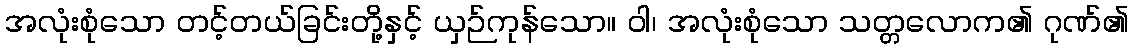
အလုံးစုံသော တင့်တယ်ခြင်းတို့နှင့် ယှဉ်ကုန်သော။ ဝါ၊ အလုံးစုံသော သတ္တလောက၏ ဂုဏ်၏